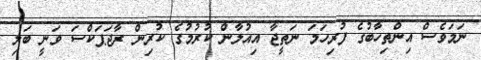
ނަަމަވެސް އިންތިހާބުގެ ފުރިހަމަ ނަތީޖާ އިއުލާން ކުރުމުގެ ކުރިން ރާޖަޕަކްސަ ވަނީ ބަލި